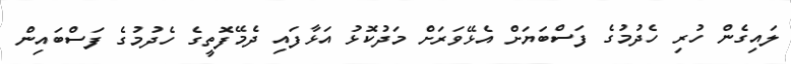
ލައިގެން ހުރި ހެދުމުގެ ފަސްބަޔަށް އެޅޭވަރަށް މަދުކޮޅު އަޅާފައި ދެމޭފޮތީގެ ހެދުމުގެ ފަސްބައިން